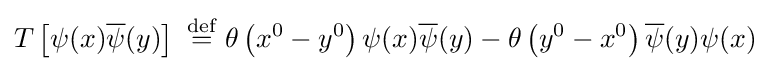
T\left[\psi (x){\overline {\psi }}(y)\right]\ {\overset {\text{def}}{=}}\ \theta \left(x^{0}-y^{0}\right)\psi (x){\overline {\psi }}(y)-\theta \left(y^{0}-x^{0}\right){\overline {\psi }}(y)\psi (x)